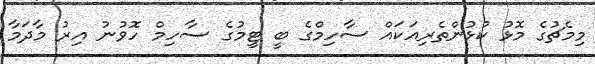
މިމެޗުގެ މޮޅު ކުޅުންތެރިއަކައް ސާހިމްގެ ބީ ޓީމުގެ ސާހިމް ހޮވުނު އިރު މާދަމާ